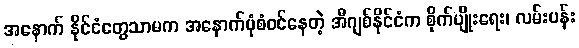
အနောက် နိုင်ငံတွေသာမက အနောက်ပုံစံဝင်နေတဲ့ အီဂျစ်နိုင်ငံက စိုက်ပျိုးရေး၊ လမ်းပန်း